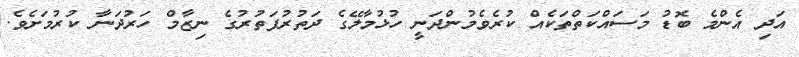
އަދި އެންމެ ބޮޑު މަސައްކަތްތަކެއް ކުރެވެމުންދަނީ ހުޅުމާލޭގެ ދަތުރުފަތުރުގެ ނިޒާމް ހަރުދަނާ ކުރުމަށެވެ.